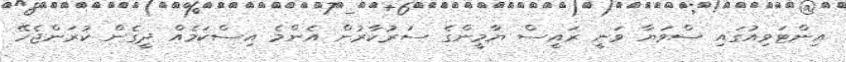
އިންޓަވިއުގައި ސްވަޔާ ވަނީ ރައީސް ޔާމީންގެ ސަރުކާރުން އެންމެ އިސްކަމެއް ދީގެން ކުރަންޖެހޭ